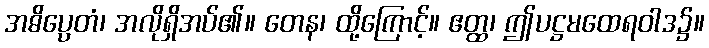
အဓိပ္ပေတံ၊ အလိုရှိအပ်၏။ တေန၊ ထို့ကြောင့်။ ဧတ္ထ၊ ဤပဋ္ဌမထေရဝါဒ၌။